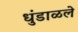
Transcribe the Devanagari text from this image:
धुंडाळले